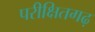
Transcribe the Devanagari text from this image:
परीक्षितगढ़